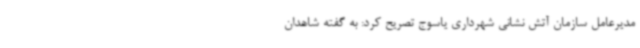
مدیرعامل سازمان آتش نشانی شهرداری یاسوج تصریح کرد: به گفته شاهدان